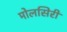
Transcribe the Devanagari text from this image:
मोलसिरी